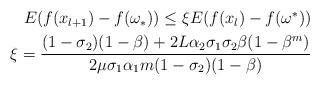
LaTeX: \begin{align*}\begin{aligned}E(f(x_{l+1})-f(\omega_*)) \leq \xi E(f(x_l)-f(\omega^*))\\ \xi = \frac{(1-\sigma_2)(1-\beta)+2L\alpha_2\sigma_1\sigma_2\beta(1-\beta^m)}{2\mu\sigma_1\alpha_1 m(1-\sigma_2)(1-\beta)}\\\end{aligned}\end{align*}